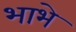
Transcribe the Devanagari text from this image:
भाभे